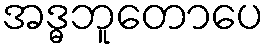
အဒ္ဓဘူတောပေ